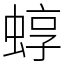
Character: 蜳